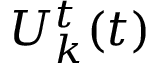
U _ { k } ^ { t } ( t )